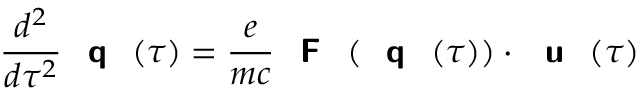
\frac { d ^ { 2 } } { d \tau ^ { 2 } } { \textbf { \textsf { q } } } ( \tau ) = \frac { e } { m c } { \textbf { \textsf { F } } } ( { \textbf { \textsf { q } } } ( \tau ) ) \cdot { \textbf { \textsf { u } } } ( \tau )